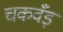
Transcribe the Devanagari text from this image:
चकवँड़